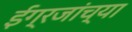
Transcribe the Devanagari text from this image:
ईग्रजांच्या